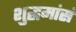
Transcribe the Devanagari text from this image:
शुद्धमांसं